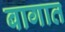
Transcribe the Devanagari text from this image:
बागात